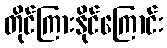
တိုင်ကြားနိုင်ကြောင်း